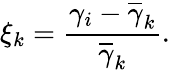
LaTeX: \xi_{k}=\frac{\gamma_{i}-\overline{\gamma}_{k}}{\overline{\gamma}_{k}}.